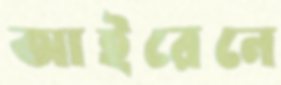
আইরেনে